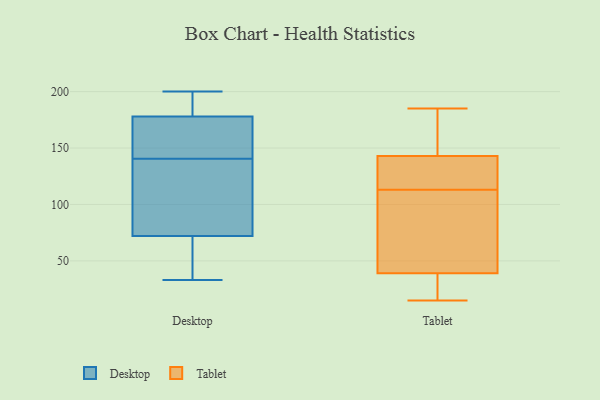
{"axis": {"x": "Conversion Rate (%)", "y": "Value"}, "legend": ["Desktop", "Tablet"], "data": [{"x": "", "y": 178, "type": "Desktop"}, {"x": "", "y": 72, "type": "Desktop"}, {"x": "", "y": 178, "type": "Desktop"}, {"x": "", "y": 51, "type": "Desktop"}, {"x": "", "y": 45, "type": "Desktop"}, {"x": "", "y": 174, "type": "Desktop"}, {"x": "", "y": 101, "type": "Desktop"}, {"x": "", "y": 133, "type": "Desktop"}, {"x": "", "y": 200, "type": "Desktop"}, {"x": "", "y": 100, "type": "Desktop"}, {"x": "", "y": 177, "type": "Desktop"}, {"x": "", "y": 48, "type": "Desktop"}, {"x": "", "y": 145, "type": "Desktop"}, {"x": "", "y": 199, "type": "Desktop"}, {"x": "", "y": 33, "type": "Desktop"}, {"x": "", "y": 197, "type": "Desktop"}, {"x": "", "y": 195, "type": "Desktop"}, {"x": "", "y": 136, "type": "Desktop"}, {"x": "", "y": 31, "type": "Tablet"}, {"x": "", "y": 136, "type": "Tablet"}, {"x": "", "y": 39, "type": "Tablet"}, {"x": "", "y": 173, "type": "Tablet"}, {"x": "", "y": 142, "type": "Tablet"}, {"x": "", "y": 62, "type": "Tablet"}, {"x": "", "y": 143, "type": "Tablet"}, {"x": "", "y": 67, "type": "Tablet"}, {"x": "", "y": 90, "type": "Tablet"}, {"x": "", "y": 15, "type": "Tablet"}, {"x": "", "y": 16, "type": "Tablet"}, {"x": "", "y": 84, "type": "Tablet"}, {"x": "", "y": 152, "type": "Tablet"}, {"x": "", "y": 38, "type": "Tablet"}, {"x": "", "y": 181, "type": "Tablet"}, {"x": "", "y": 143, "type": "Tablet"}, {"x": "", "y": 141, "type": "Tablet"}, {"x": "", "y": 185, "type": "Tablet"}]}